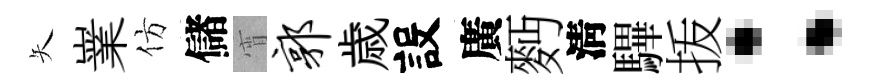
矢嶪仿儲宵郭歳設廣麪淸驆㧞：